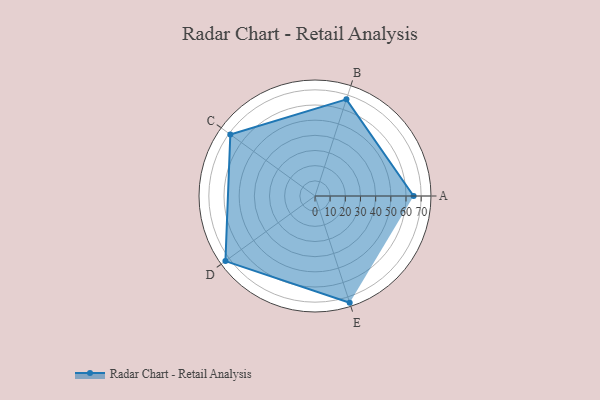
{"axis": {"x": "Skill", "y": "Score"}, "legend": ["Profile"], "data": [{"x": "A", "y": 65.0, "type": "Profile"}, {"x": "B", "y": 67.0, "type": "Profile"}, {"x": "C", "y": 69.0, "type": "Profile"}, {"x": "D", "y": 73.0, "type": "Profile"}, {"x": "E", "y": 74.0, "type": "Profile"}]}